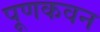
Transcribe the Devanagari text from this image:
पूणकवन